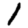
Digit: 1